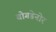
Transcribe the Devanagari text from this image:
बोगडेनोर